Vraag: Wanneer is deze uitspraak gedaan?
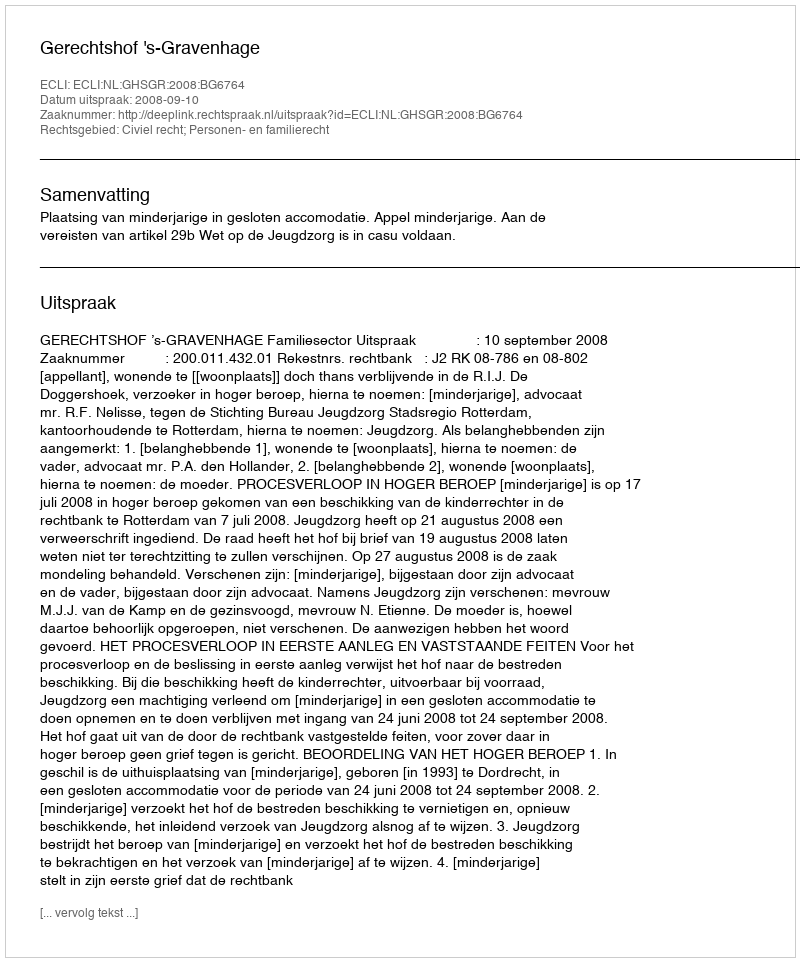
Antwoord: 2008-09-10